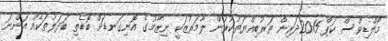
މޯލްޑިވްސް ކަޕް 2015ދަރިން ތަރުބިއްޔަތުކުރުން ލާމަރުޒަކީ ނިޒާމުގެ އޮނިގަނޑަށް ބޮޑެތި ބަދަލުތަކެއް އަންނަ